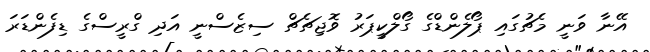
އޭނާ ވަނީ މެޗުގައި ޕޯލެންޑްގެ ގޯލްކީޕަރު ވޮޖިޗެޗް ސިޒެސްނީ އަދި ގްރީސްގެ ޑިފެންޑަރަ